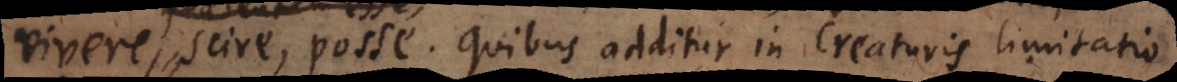
scire, posse: Quibus additur in Creaturis limitatio,